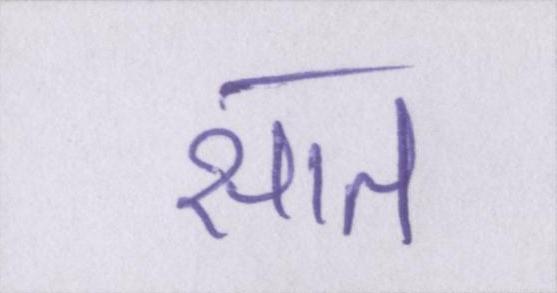
सात